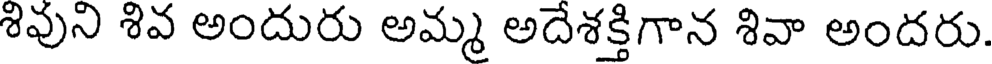
శివుని శివ అందురు అమ్మ అదేశక్తిగాన శివా అందరు.